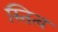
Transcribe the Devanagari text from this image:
स्तित्व